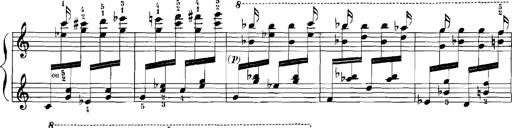
Title: Rhapsodies hongroises
Composer: Franz Liszt